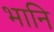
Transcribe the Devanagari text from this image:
भानि